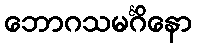
ဘောဂသမင်္ဂိနော